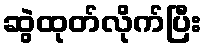
ဆွဲထုတ်လိုက်ပြီး